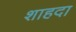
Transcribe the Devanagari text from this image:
शाहदा